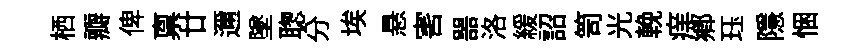
栖瓣俾禀廿邇墜聦分埃悬害噐洛緩詔笥光輓痒鄕珏隱悃